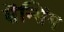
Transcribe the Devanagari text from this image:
सेंन्सिंग